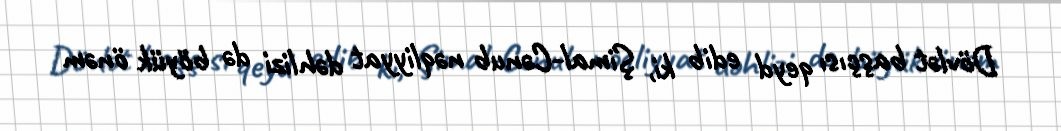
Dövlət başçısı qeyd edib ki, Şimal-Cənub nəqliyyat dəhlizi də böyük önəm